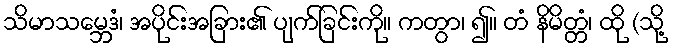
သိမာသမ္ဘေဒံ၊ အပိုင်းအခြား၏ ပျက်ခြင်းကို။ ကတွာ၊ ၍။ တံ နိမိတ္တံ၊ ထို (သို့